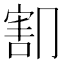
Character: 𰃫